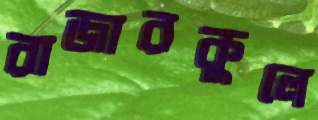
রাজারকুলে